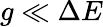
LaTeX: g\ll\Delta E